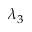
\lambda _ { 3 }